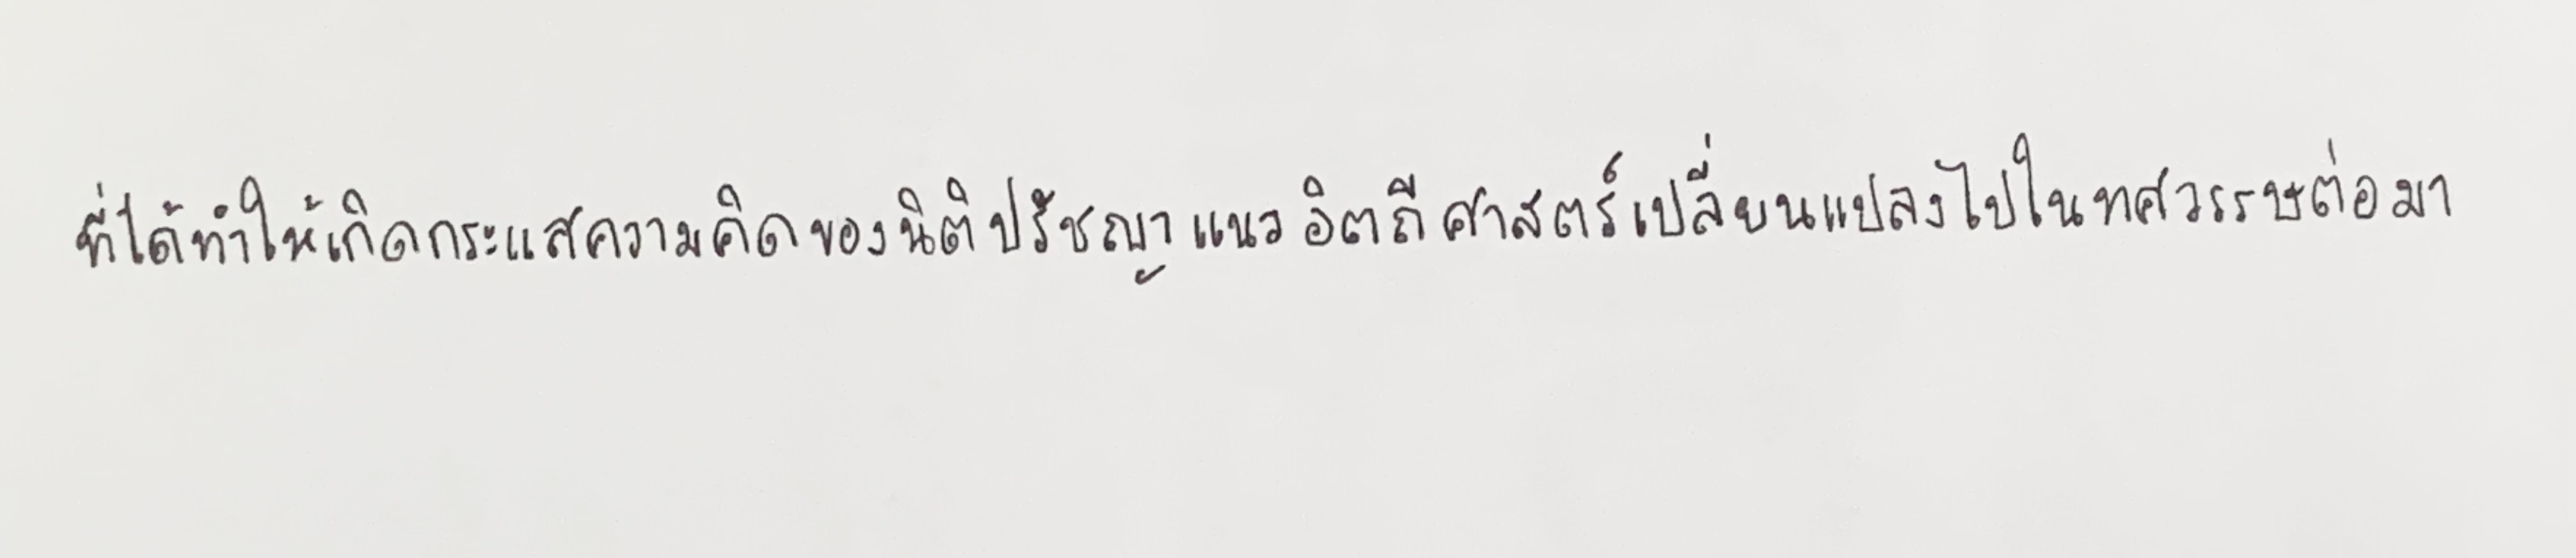
ที่ได้ทำให้เกิดกระแสความคิดของนิติปรัชญาแนวอิตถีศาสตร์เปลี่ยนแปลงไปในทศวรรษต่อมา